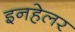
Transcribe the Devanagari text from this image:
इनहेलर